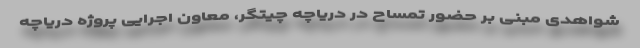
شواهدی مبنی بر حضور تمساح در دریاچه چیتگر، معاون اجرایی پروژه دریاچه